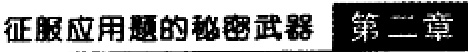
征服应用题的秘密武器 第二章